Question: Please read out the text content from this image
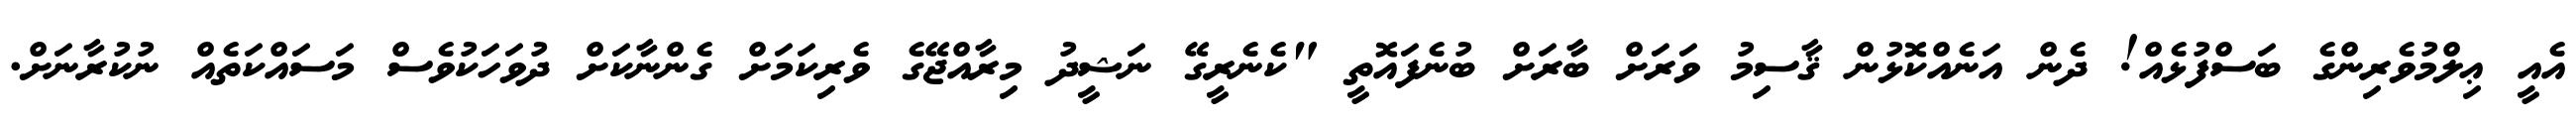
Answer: އެއީ ޢިލްމުވެރިންގެ ބަސްފުޅެއް! ދެން އަނެއްކޮޅުން ޤާސިމު ވަރަށް ބާރަށް ބުނެފައޮތީ "ކެނެރީގޭ ނަޝީދު މިރާއްޖޭގެ ވެރިކަމަށް ގެންނާކަށް ދުވަހަކުވެސް މަސައްކަތެއް ނުކުރާނަށް.